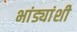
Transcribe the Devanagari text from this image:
भांड्यांशी